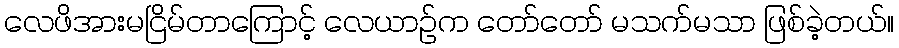
လေဖိအားမငြိမ်တာကြောင့် လေယာဉ်က တော်တော် မသက်မသာ ဖြစ်ခဲ့တယ်။